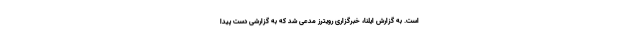
است. به گزارش ایلنا، خبرگزاری رویترز مدعی شد که به گزارشی دست پیدا